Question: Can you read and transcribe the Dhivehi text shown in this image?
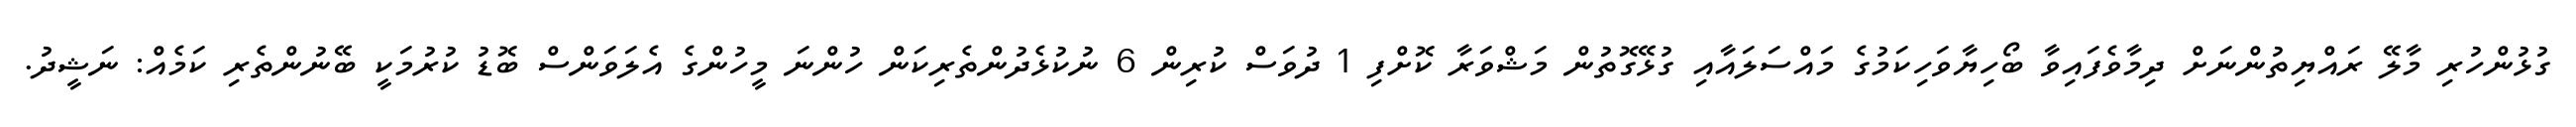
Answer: ގުޅުންހުރި މާލޭ ރައްޔިތުންނަށް ދިމާވެފައިވާ ބޯހިޔާވަހިކަމުގެ މައްސަލައާއި ގުޅޭގޮތުން މަޝްވަރާ ކޮށްފި 1 ދުވަސް ކުރިން 6 ނުކުޅެދުންތެރިކަން ހުންނަ މީހުންގެ އެލަވަންސް ބޮޑު ކުރުމަކީ ބޭނުންތެރި ކަމެއް: ނަޝީދު.